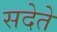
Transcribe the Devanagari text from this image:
सदेते